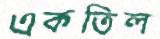
একতিল